Report of the Indian Hemp Drugs Commission, 1894-1895 - Volume IV
Year: 1894
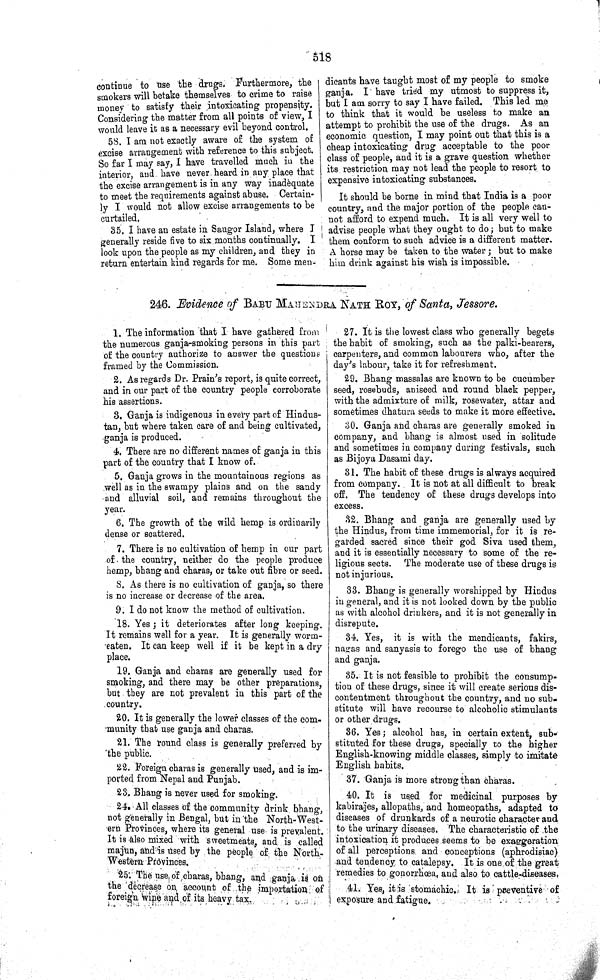
518
continue to use the drugs. Furthermore, the
smokers will betake themselves to crime to raise
money to satisfy their intoxicating propensity.
Considering the matter from all points of view, I
would leave it as a necessary evil beyond control.
58. I am not exactly aware of the system of
excise arrangement with reference to this subject.
So far I may say, I have travelled much in the
interior, and have never heard in any place that
the excise arrangement is in any way inadequate
to meet the requirements against abuse. Certain-
ly I would not allow excise arrangements to be
curtailed.
35. I have an estate in Saugor Island, where I
generally reside five to six months continually. I
look upon the people as my children, and they in
return entertain kind regards for me. Some men-
dicants have taught most of my people to smoke
ganja. I have tried my utmost to suppress it,
but I am sorry to say I have failed. This led me
to think that it would be useless to make an
attempt to prohibit the use of the drugs. As an
economic question, I may point out that this is a
cheap intoxicating drug acceptable to the poor
class of people, and it is a grave question whether
its restriction may not lead the people to resort to
expensive intoxicating substances.
It should be borne in mind that India is a poor
country, and the major portion of the people can-
not afford to expend much. It is all very well to
advise people what they ought to do; but to make
them conform to such advice is a different matter.
A horse may be taken to the water; but to make
him drink against his wish is impossible.
246. Evidence of BABU MAHENDRA NATH ROY, of Santa, Jessore.
1. The information that I have gathered from
the numerous ganja-smoking persons in this part
of the country authorize to answer the questions
framed by the Commission.
2. As regards Dr. Prain's report, is quite correct,
and in our part of the country people corroborate
his assertions.
3. Ganja is indigenous in every part of Hindus-
tan, but where taken care of and being cultivated,
ganja is produced.
4. There are no different names of ganja in this
part of the country that I know of.
5. Ganja grows in the mountainous regions as
well as in the swampy plains and on the sandy
and alluvial soil, and remains throughout the
year.
6. The growth of the wild hemp is ordinarily
dense or scattered.
7. There is no cultivation of hemp in our part
of. the country, neither do the people produce
hemp, bhang and charas, or take out fibre or seed.
8. As there is no cultivation of ganja, so there
is no increase or decrease of the area.
9. I do not know the method of cultivation.
18. Yes; it deteriorates after long keeping.
It remains well for a year. It is generally worm-
eaten. It can keep well if it be kept in a dry
place.
19. Ganja and charas are generally used for
smoking, and there may be other preparations,
but they are not prevalent in this part of the
country.
20. It is generally the lower classes of the com-
munity that use ganja and charas.
21. The round class is generally preferred by
the public.
22. Foreign charas is generally used, and is im-
ported from Nepal and Punjab.
23. Bhang is never used for smoking.
24. All classes of the community drink bhang,
not generally in Bengal, but in the North-West-
ern Provinces, where its general use is prevalent.
It is also mixed with sweetmeats, and is called
majun, and is used by the people of the North-
Western Provinces.
25. The use of charas, bhang, and ganja is on
the decrease on account of the importation of
foreign wine and of its heavy tax.
27. It is the lowest class who generally begets
the habit of smoking, such as the palki-bearers,
carpenters, and common labourers who, after the
day's labour, take it for refreshment.
29. Bhang massalas are known to be cucumber
seed, rosebuds, aniseed and round black pepper,
with the admixture of milk, rosewater, attar and
sometimes dhatura seeds to make it more effective.
30. Ganja and charas are generally smoked in
company, and bhang is almost used in solitude
and sometimes in company during festivals, such
as Bijoya Dasami day.
31. The habit of these drugs is always acquired
from company. It is not at all difficult to break
off. The tendency of these drugs develops into
excess.
32. Bhang and ganja are generally used by
the Hindus, from time immemorial, for it is re-
garded sacred since their god Siva used them,
and it is essentially necessary to some of the re-
ligious sects. The moderate use of these drugs is
not injurious.
33. Bhang is generally worshipped by Hindus
in general, and it is not looked down by the public
as with alcohol drinkers, and it is not generally in
disrepute.
34. Yes, it is with the mendicants, fakirs,
nagas and sanyasis to forego the use of bhang
and ganja.
35. It is not feasible to prohibit the consump-
tion of these drugs, since it will create serious dis-
contentment throughout the country, and no sub-
stitute will have recourse to alcoholic stimulants
or other drugs.
36. Yes; alcohol has, in certain extent, sub-
stituted for these drugs, specially to the higher
English-knowing middle classes, simply to imitate
English habits.
37. Ganja is more strong than charas.
40. It is used for medicinal purposes by
kabirajes, allopaths, and homeopaths, adapted to
diseases of drunkards of a neurotic character and
to the urinary diseases. The characteristic of the
intoxication it produces seems to be exaggeration
of all perceptions and conceptions (aphrodisiac)
and tendency to catalepsy. It is one of the great
remedies to gonorrhœa, and also to cattle-diseases.
41. Yes, it is stomachic. It is preventive of
exposure and fatigue.